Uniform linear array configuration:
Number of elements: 4
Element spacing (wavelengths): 1
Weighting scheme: cosine
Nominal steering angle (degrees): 0
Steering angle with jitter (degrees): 0.2048
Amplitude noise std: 0.05
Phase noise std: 0.05

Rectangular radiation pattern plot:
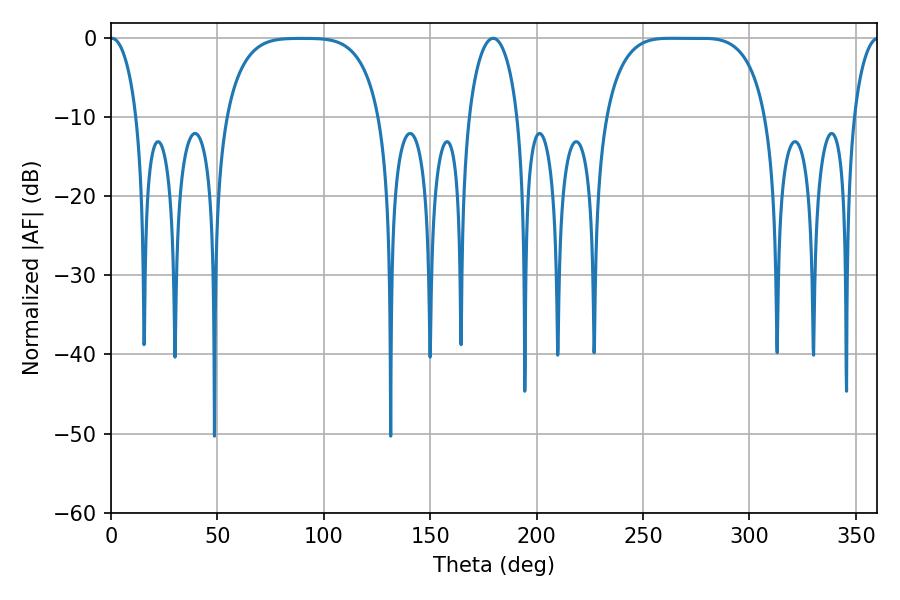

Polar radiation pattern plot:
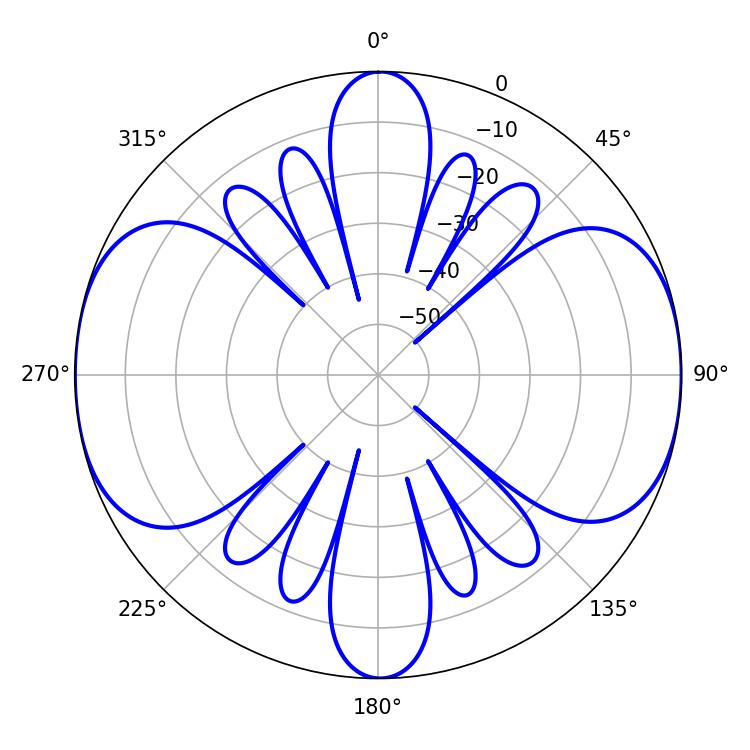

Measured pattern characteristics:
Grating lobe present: TRUE
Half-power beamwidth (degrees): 57.6
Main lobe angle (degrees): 262.98